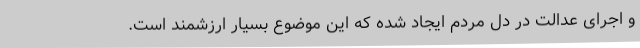
و اجرای عدالت در دل مردم ایجاد شده که این موضوع بسیار ارزشمند است.